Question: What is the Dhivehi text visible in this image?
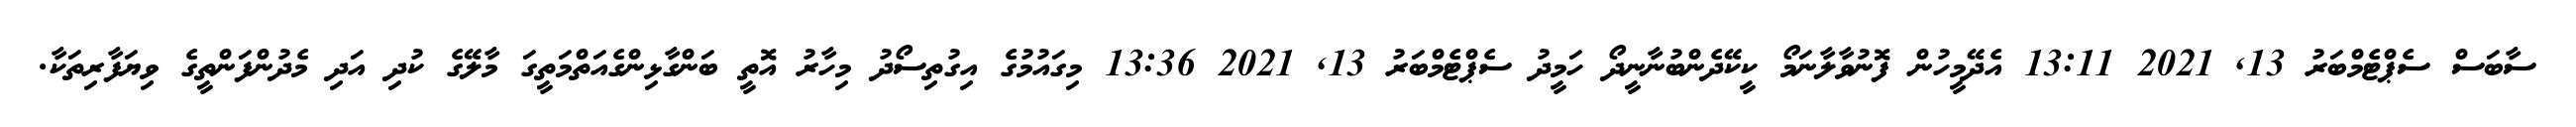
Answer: ސާބަސް ސެޕްޓެމްބަރު 13, 2021 13:11 އެދޭމީހުން ފޮނުވާލާނަމޯ ކީކޭދެންބުނާނީދޯ ހަމީދު ސެޕްޓެމްބަރު 13, 2021 13:36 މިގައުމުގެ އިގުތިސޯދު މިހާރު އޮތީ ބަންގާޅިންގެއަތްމަތީގަ މާލޭގެ ކުދި އަދި މެދުންފަންތީގެ ވިޔަފާރިތަކާ.